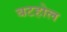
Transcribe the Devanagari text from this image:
बटहोल